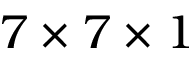
7 \times 7 \times 1